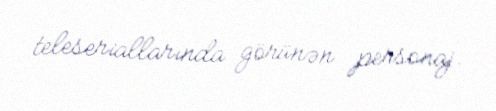
teleseriallarında görünən personaj.